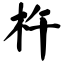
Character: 杵